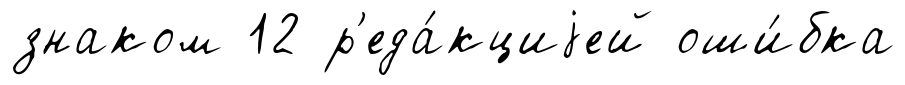
знаком 12 р'еда́кциjей оши́бка